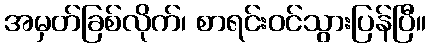
အမှတ်ခြစ်လိုက်၊ စာရင်းဝင်သွားပြန်ပြီ။